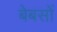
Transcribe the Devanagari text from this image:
बेबसों